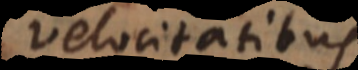
velocitatibus